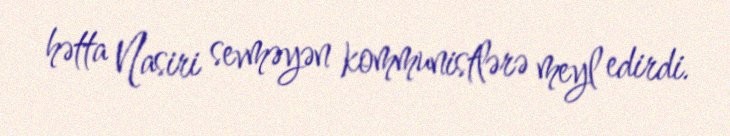
hətta Nasiri sevməyən kommunistlərə meyl edirdi.